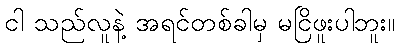
ငါ သည်လူနဲ့ အရင်တစ်ခါမှ မငြိဖူးပါဘူး။